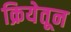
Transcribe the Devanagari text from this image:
क्रियेतून